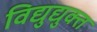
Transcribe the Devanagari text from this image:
विद्युद्युक्त